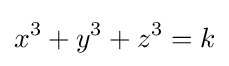
x^{3}+y^{3}+z^{3}=k